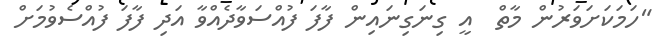
"ހަމަކަށަވަރުން މާތް  އީ ގިނަގިނައިން ފާފަ ފުއްސަވާދެއްވާ އަދި ފާފަ ފުއްސެވުމަށް